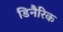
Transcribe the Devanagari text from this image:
डिनैरिक